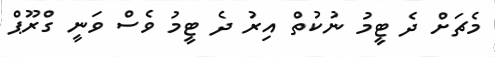
މެޗަށް ދެ ޓީމު ނުކުތް އިރު ދެ ޓީމު ވެސް ވަނީ ގްރޫޕް